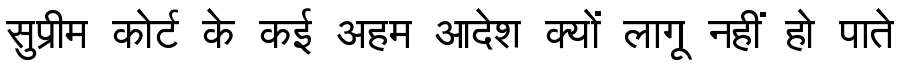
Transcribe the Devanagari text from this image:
सुप्रीम कोर्ट के कई अहम आदेश क्यों लागू नहीं हो पाते